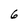
Character: 6